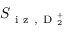
S _ { \mathrm { ~ i ~ z ~ } , \mathrm { ~ D ~ } _ { 2 } ^ { + } }